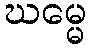
ဃမ္မေ